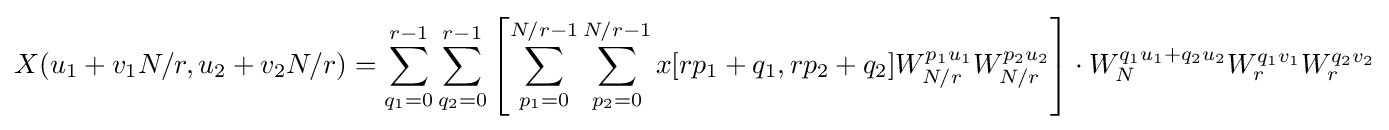
X(u_{1}+v_{1}N/r,u_{2}+v_{2}N/r)=\sum _{q_{1}=0}^{r-1}\sum _{q_{2}=0}^{r-1}\left[\sum _{p_{1}=0}^{N/r-1}\sum _{p_{2}=0}^{N/r-1}x[rp_{1}+q_{1},rp_{2}+q_{2}]W_{N/r}^{p_{1}u_{1}}W_{N/r}^{p_{2}u_{2}}\right]\cdot W_{N}^{q_{1}u_{1}+q_{2}u_{2}}W_{r}^{q_{1}v_{1}}W_{r}^{q_{2}v_{2}}